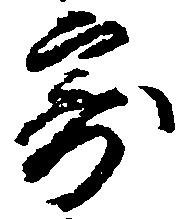
寄